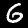
Label: 6